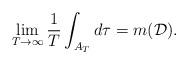
\begin{align*}\lim_{T\to\infty}\frac{1}{T}\int_{A_T}d\tau = m(\mathcal{D}).\end{align*}